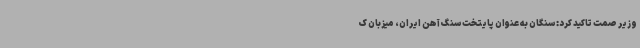
وزیر صمت تاکید کرد: سنگان به عنوان پایتخت سنگ آهن ایران، میزبان ک